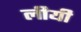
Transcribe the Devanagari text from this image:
लीयी